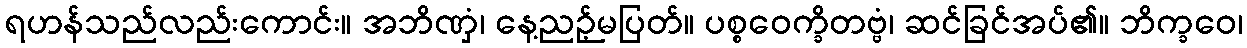
ရဟန်သည်လည်းကောင်း။ အဘိဏှံ၊ နေ့ညဉ့်မပြတ်။ ပစ္စဝေက္ခိတဗ္ဗံ၊ ဆင်ခြင်အပ်၏။ ဘိက္ခဝေ၊